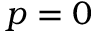
p = 0